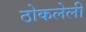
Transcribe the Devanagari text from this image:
ठोकलेली